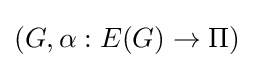
(G,\alpha :E(G)\rightarrow \Pi )